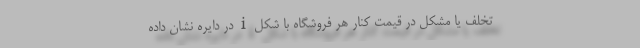
تخلف یا مشکل در قیمت کنار هر فروشگاه با شکل i در دایره نشان داده